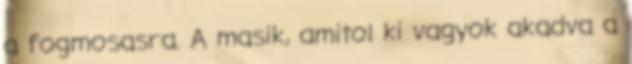
a fogmosasra. A masik, amitol ki vagyok akadva a